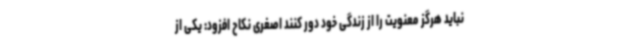
نباید هرگز معنویت را از زندگی خود دور کنند اصغری نکاح افزود: یکی از